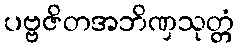
ပဗ္ဗဇိတအဘိဏှသုတ္တံ